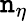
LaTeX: \mathtt{n}_{\eta}